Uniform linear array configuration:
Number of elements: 64
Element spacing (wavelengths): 1
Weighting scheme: binomial
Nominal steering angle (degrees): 45
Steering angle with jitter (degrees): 44.231
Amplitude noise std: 0.05
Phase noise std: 0.05

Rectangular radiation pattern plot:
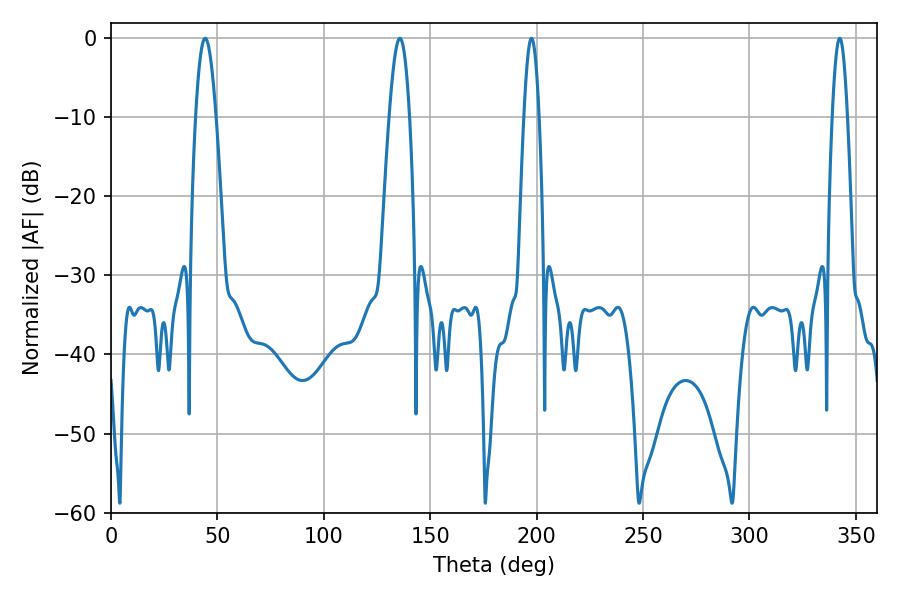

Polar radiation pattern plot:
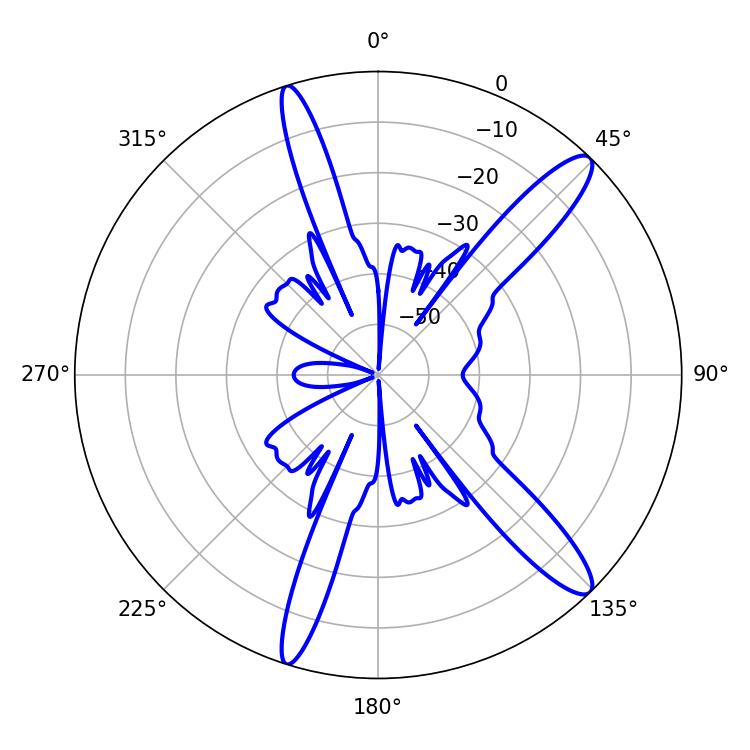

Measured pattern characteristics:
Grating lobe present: TRUE
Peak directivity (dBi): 13.298
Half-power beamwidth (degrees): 5.22
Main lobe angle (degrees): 44.28